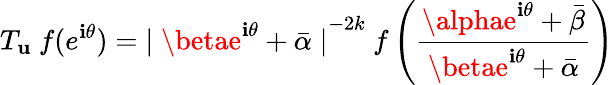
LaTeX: T_{\mathbf{u}}~f(e^{\mathbf{i}\theta})={\mid\betae^{\mathbf{i}\theta}+\bar{{\alpha}}\mid}^{-2k}~f\left(\frac{{\alphae^{\mathbf{i}\theta}+\bar{{\beta}}}}{{\betae^{\mathbf{i}\theta}+\bar{{\alpha}}}}\right)